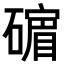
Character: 𪿷